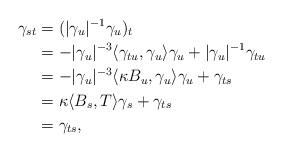
LaTeX: \begin{align*}\gamma_{st} &= (\lvert\gamma_{u}\rvert^{-1}\gamma_{u})_{t}\\&=-\lvert\gamma_{u}\rvert^{-3}\langle\gamma_{tu},\gamma_{u}\rangle\gamma_{u}+\lvert\gamma_{u}\rvert^{-1}\gamma_{tu}\\&=-\lvert\gamma_{u}\rvert^{-3}\langle\kappa B_{u},\gamma_{u}\rangle\gamma_{u}+\gamma_{ts}\\&=\kappa\langle B_{s},T\rangle\gamma_{s}+\gamma_{ts}\\&=\gamma_{ts} ,\end{align*}